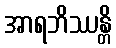
အာရဘိဿန္တိ